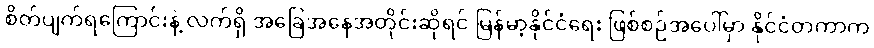
စိတ်ပျက်ရကြောင်းနဲ့ လက်ရှိ အခြေအနေအတိုင်းဆိုရင် မြန်မာ့နိုင်ငံရေး ဖြစ်စဉ်အပေါ်မှာ နိုင်ငံတကာက